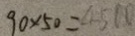
9 0 \times 5 0 = 4 5 0 0